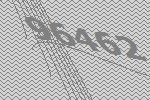
96462